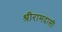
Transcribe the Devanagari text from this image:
श्रीरामदासी